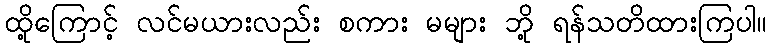
ထို့ကြောင့် လင်မယားလည်း စကား မများ ဘို့ ရန်သတိထားကြပါ။